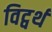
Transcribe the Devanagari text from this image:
विट्वर्थ